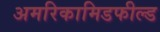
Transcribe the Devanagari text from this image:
अमरिकामिडफील्‍ड